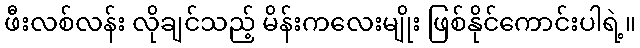
ဖီးလစ်လန်း လိုချင်သည့် မိန်းကလေးမျိုး ဖြစ်နိုင်ကောင်းပါရဲ့။